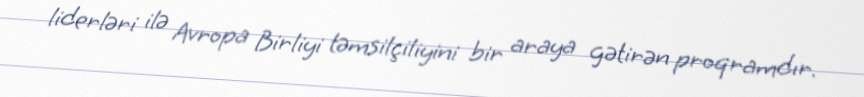
liderləri ilə Avropa Birliyi təmsilçiliyini bir araya gətirən proqramdır.